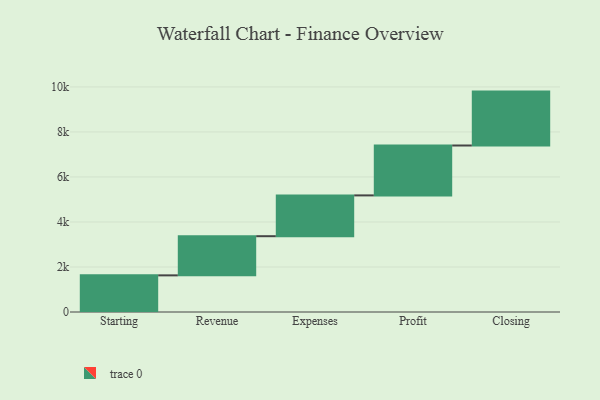
{"axis": {"x": "Step", "y": "Value"}, "legend": [""], "data": [{"x": "Starting", "y": 1628.0, "type": ""}, {"x": "Revenue", "y": 1740.0, "type": ""}, {"x": "Expenses", "y": 1813.0, "type": ""}, {"x": "Profit", "y": 2217.0, "type": ""}, {"x": "Closing", "y": 2395.0, "type": ""}]}